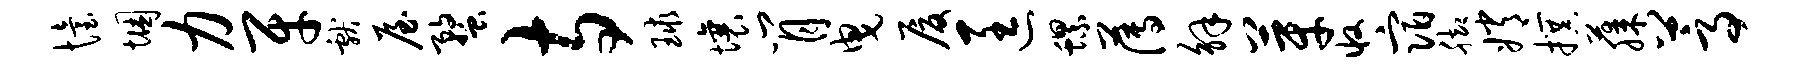
怡悃力牙献屋蝥寺球壤肖曳厦匡螺薄解芽收宿脚嫦撰藤蒿